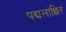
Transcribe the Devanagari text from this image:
पद्मलांछितं